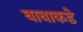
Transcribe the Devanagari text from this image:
बाबाकडे